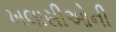
ખલાસીઓની